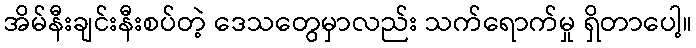
အိမ်နီးချင်းနီးစပ်တဲ့ ဒေသတွေမှာလည်း သက်ရောက်မှု ရှိတာပေါ့။